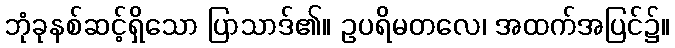
ဘုံခုနစ်ဆင့်ရှိသော ပြာသာဒ်၏။ ဥပရိမတလေ၊ အထက်အပြင်၌။